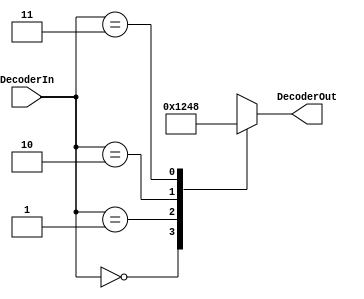
module decoder(DecoderIn,DecoderOut);
	input [1:0] DecoderIn;
	output [3:0] DecoderOut;
	
	reg [3:0] DecoderOut;
	
	always@(*) begin
		case(DecoderIn)
			2'b00: DecoderOut=4'b0001;
			2'b01: DecoderOut=4'b0010;
			2'b10: DecoderOut=4'b0100;
			2'b11: DecoderOut=4'b1000;
		endcase
	end
endmodule